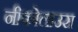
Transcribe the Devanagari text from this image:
नीकोलाउस